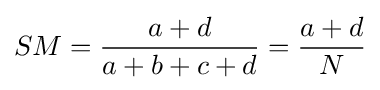
SM={\frac {a+d}{a+b+c+d}}={\frac {a+d}{N}}